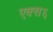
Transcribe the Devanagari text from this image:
एक्स६